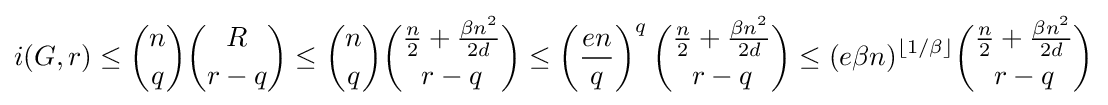
i(G,r)\leq {n \choose q}{R \choose r-q}\leq {n \choose q}{{\frac {n}{2}}+{\frac {\beta n^{2}}{2d}} \choose r-q}\leq \left({\frac {en}{q}}\right)^{q}{{\frac {n}{2}}+{\frac {\beta n^{2}}{2d}} \choose r-q}\leq (e\beta n)^{\lfloor 1/\beta \rfloor }{{\frac {n}{2}}+{\frac {\beta n^{2}}{2d}} \choose r-q}